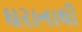
ઘરાનાથી